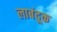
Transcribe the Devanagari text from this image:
लाबंदूक